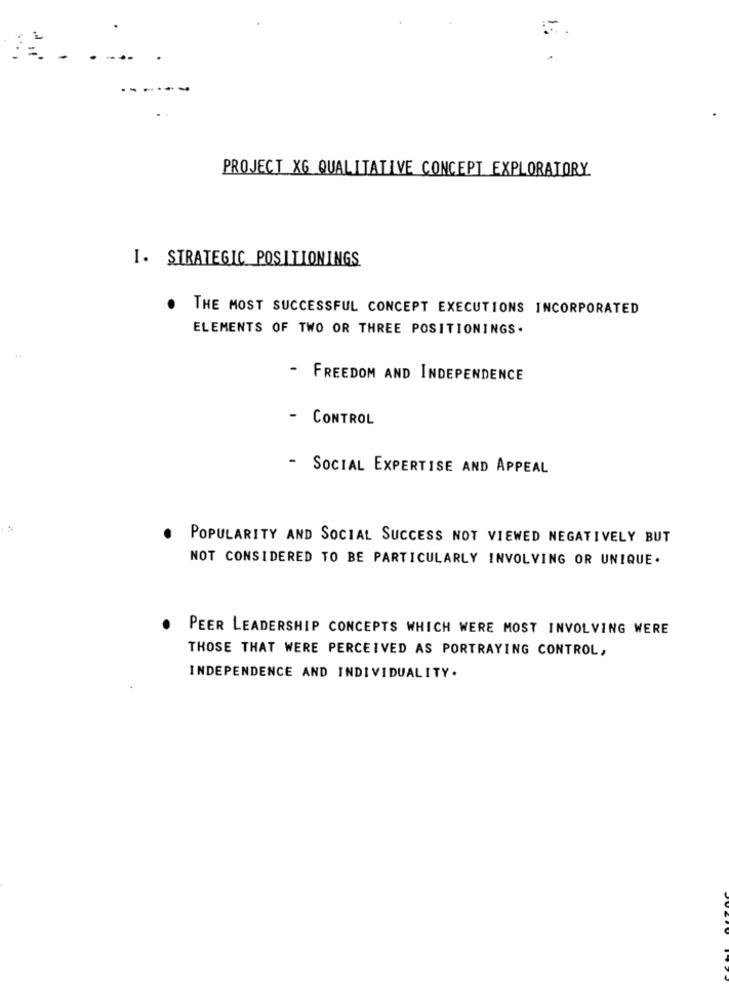
PROJECT XG QUALITATIVE CONCEPT EXPLORATORY
I. STRATEGIC POSITIONINGS
THE MOST SUCCESSFUL CONCEPT EXECUTIONS INCORPORATED
ELEMENTS OF TWO OR THREE POSITIONINGS.
-
FREEDOM AND INDEPENDENCE
-
CONTROL
- SOCIAL EXPERTISE AND APPEAL
POPULARITY AND SOCIAL SUCCESS NOT VIEWED NEGATIVELY BUT
NOT CONSIDERED TO BE PARTICULARLY INVOLVING OR UNIQUE.
PEER LEADERSHIP CONCEPTS WHICH WERE MOST INVOLVING WERE
THOSE THAT WERE PERCEIVED AS PORTRAYING CONTROL,
INDEPENDENCE AND INDIVIDUALITY.